Insane asylums in Bengal annual reports 1867-1875 - 1867-1875
Year: 1867
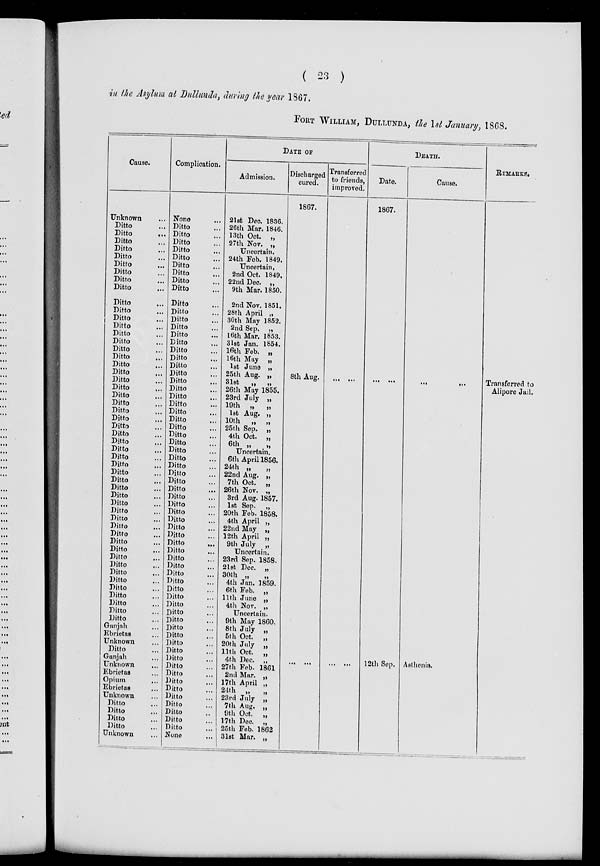
( 23 )
in the Asylum at Dullunda, during the year 1867.
FORT WILLIAM, DULLUNDA, the 1st January, 1868.
Cause.
Unknown ...
Ditto ...
Ditto
...
Ditto ...
Ditto ...
Ditto ...
Ditto ...
Ditto ...
Ditto ...
Ditto ...
Ditto ...
Ditto ...
Ditto ...
Ditto ...
Ditto ...
Ditto ...
Ditto ...
Ditto ...
Ditto ...
Ditto ...
Ditto ...
Ditto ...
Ditto ...
Ditto ...
Ditto ...
Ditto ...
Ditto ...
Ditto ...
Ditto ...
Ditto ...
Ditto ...
Ditto ...
Ditto ...
Ditto ...
Ditto ...
Ditto ...
Ditto ...
Ditto ...
Ditto ...
Ditto ...
Ditto ...
Ditto ...
Ditto ...
Ditto ...
Ditto ...
Ditto ...
Ditto ...
Ditto ...
Ditto ...
Ditto ...
Ditto ...
Ditto ...
Ganjah ...
Ebrietas ...
Unknown ...
Ditto ...
Ganjah ...
Unknown ...
Ebrietas ...
Opium ...
Ebrietas ...
Unknown ...
Ditto ...
Ditto ...
Ditto ...
Ditto ...
Unknown ...
Complication.
None ...
Ditto ...
Ditto ...
Ditto ...
Ditto ...
Ditto ...
Ditto ...
Ditto ...
Ditto ...
Ditto ...
Ditto ...
Ditto ...
Ditto ...
Ditto ...
Ditto ...
Ditto ...
Ditto ...
Ditto ...
Ditto ...
Ditto ...
Ditto ...
Ditto ...
Ditto ...
Ditto ...
Ditto ...
Ditto ...
Ditto ...
Ditto ...
Ditto ...
Ditto ...
Ditto ...
Ditto ...
Ditto ...
Ditto ...
Ditto ...
Ditto ...
Ditto ...
Ditto ...
Ditto ...
Ditto ...
Ditto ...
Ditto ...
Ditto ...
Ditto ...
Ditto ...
Ditto ...
Ditto ...
Ditto ...
Ditto ...
Ditto ...
Ditto ...
Ditto ...
Ditto ...
Ditto ...
Ditto ...
Ditto ...
Ditto ...
Ditto ...
Ditto ...
Ditto ...
Ditto ...
Ditto ...
Ditto ...
Ditto ...
Ditto ...
Ditto ...
None ...
DATE OF
Admission.
21st Dec. 1836.
26th Mar. 1846.
13th Oct. „
27th Nov. „
Uncertain.
24th Feb. 1849.
Uncertain.
2nd Oct. 1849.
22nd Dec. „
9th Mar. 1850.
2nd Nov. 1851.
28th April „
30th May 1852.
2nd Sep. „
16th Mar. 1853.
31st Jan. 1854.
16th Feb. „
16th May „
1st June „
25th Aug. „
31st
„
„
26th May 1855.
23rd July „
19th „
„
1st Aug. „
10th
„
„
25th Sep. „
4th Oct. „
6th „
„
Uncertain.
6th April 1856.
24th „
„
22nd Aug. „
7th Oct. „
26th Nov. „
3rd Aug. 1857.
1st Sep. „
20th Feb. 1858.
4th April „
22nd May „
12th April „
9th July „
Uncertain.
23rd Sep. 1858.
21st Dec. „
30th „ „
4th Jan. 1859.
6th Feb. „
11th June „
4th Nov. „
Uncertain.
9th May 1860.
8th July „
5th Oct. „
20th July „
11th Oct. „
4th Dec. „
27th Feb. 1861
2nd Mar. „
17th April „
24th „
„
23rd July „
7th Aug. „
9th Oct. „
17th Dec. „
25th Feb. 1862
31st Mar. „
Discharged
cured.
1867.
8th Aug.
...
...
Transferred
to friends,
improved.
...
...
...
...
DEATH.
Date.
1867.
...
...
12th Sep.
Cause.
... ...
Asthenia.
REMARKS.
Transferred to
Alipore Jail.